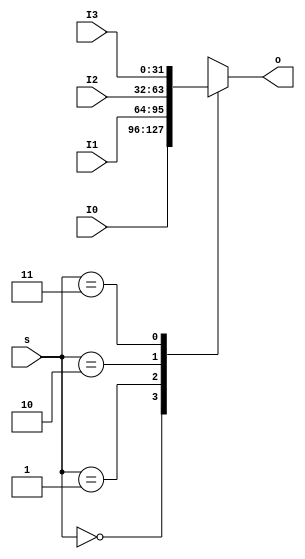
`timescale 1ns / 1ps
//////////////////////////////////////////////////////////////////////////////////
// Design Name: 
// Module Name: MUX4T1
// Description: Assume 32-bit operation
// 
// Dependencies: 
// 
// Revision:
// Revision 0.01 - File Created
// Additional Comments:
// 
//////////////////////////////////////////////////////////////////////////////////

module MUX4T1_32 #(parameter WIDTH = 32)(
    input [WIDTH-1:0] I0,
    input [WIDTH-1:0] I1,
    input [WIDTH-1:0] I2,
    input [WIDTH-1:0] I3,
    input [1:0] s,
    output reg [WIDTH-1:0] o
    );
    always @* begin
        case(s)
            0: o = I0;
            1: o = I1;
            2: o = I2;
            3: o = I3;
            default: o = 'bx;
        endcase
    end
endmodule